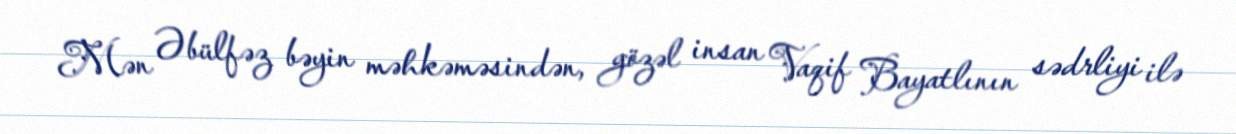
Mən Əbülfəz bəyin məhkəməsindən, gözəl insan Vaqif Bayatlının sədrliyi ilə